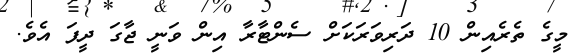
މީގެ ތެރެއިން 10 ދަރިވަރަކަށް ސެންޓާރާ އިން ވަނީ ޖާގަ ދީފަ އެވެ.